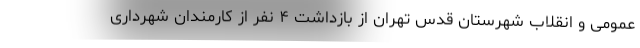
عمومی و انقلاب شهرستان قدس تهران از بازداشت ۴ نفر از کارمندان شهرداری